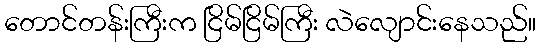
တောင်တန်းကြီးက ငြိမ်ငြိမ်ကြီး လဲလျောင်းနေသည်။